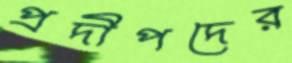
প্রদীপদের